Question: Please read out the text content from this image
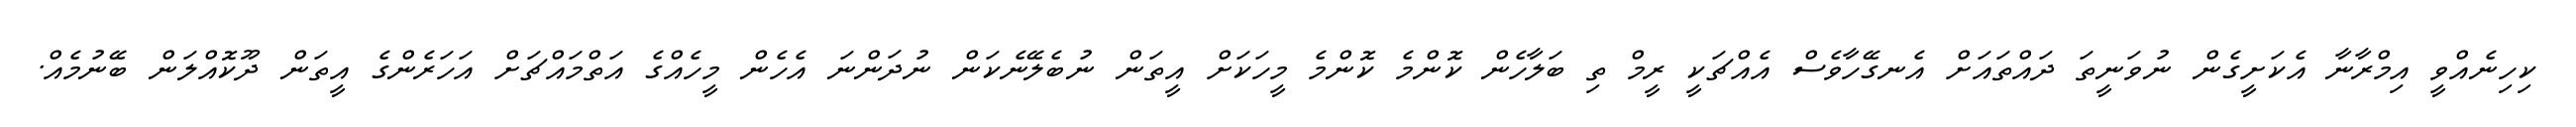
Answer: ކިހިނެއްވީ އިމްރާނާ އެކަށީގެން ނުވަނީތަ ދައްތައަށް އެނގޭހާވެސް އެއްޗަކީ ރީމް ތި ބަލާހެން ކޮންމެ ކޮންމެ މީހަކަށް އީތަން ނުބެލޭނެކަން ނުދަންނަ އެހެން މީހެއްގެ އަތްމައްޗަށް އަހަރެންގެ އީތަން ދޫކޮއްލަން ބޭނުމެއް.